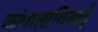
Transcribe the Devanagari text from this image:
कांपालागियाई